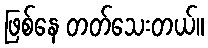
ဖြစ်နေ တတ်သေးတယ်။